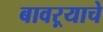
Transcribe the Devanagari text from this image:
बावऱ्याचे